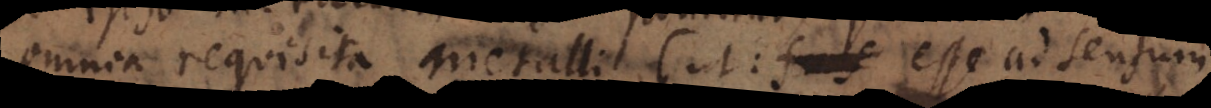
omnia requisita metalli (ut: esse ad sensum